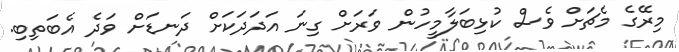
މިރޭގެ މެޗަށް ވެސް ކުޅިބަލާމީހުން ވަރަށް ގިނަ އަދަދަކަށް ދަނޑަށް ވަަދެ އެބަތިބި.